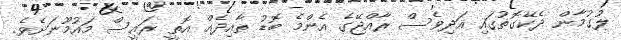
ލުގުމާން ދެކޭގޮތުގައި އަދިވެސް ރާއްޖޭގެ އެންމެ ބޮޑު ތާއިދެއް އޮތީ ރައީސް މައުމޫނަށެވެ.